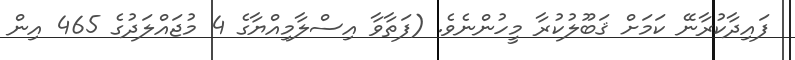
ފައިދާކުރާނޭ ކަމަށް ޤަބޫލުކުރާ މީހުންނެވެ. (ފަތާވާ އިސްލާމިއްޔާގެ 4 މުޖައްލަދުގެ 465 އިން